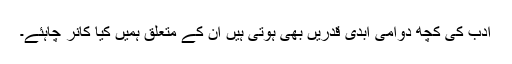
ادب کی کچھ دوامی ابدی قدریں بھی ہوتی ہیں ان کے متعلق ہمیں کیا کانر چاہئے۔